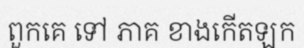
ពួកគេ ទៅ ភាគ ខាងកើតឡក